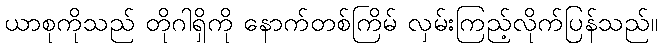
ယာစုကိုသည် တိုဂါရှိကို နောက်တစ်ကြိမ် လှမ်းကြည့်လိုက်ပြန်သည်။